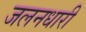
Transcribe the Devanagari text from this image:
जलनधारी